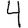
Digit: 4